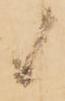
候